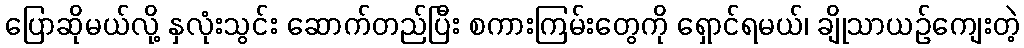
ပြောဆိုမယ်လို့ နှလုံးသွင်း ဆောက်တည်ပြီး စကားကြမ်းတွေကို ရှောင်ရမယ်၊ ချိုသာယဉ်ကျေးတဲ့